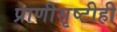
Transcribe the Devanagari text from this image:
प्राणीसृष्टीही